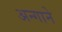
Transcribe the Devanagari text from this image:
अन्गाने